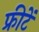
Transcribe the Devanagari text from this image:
फ्रीटें